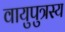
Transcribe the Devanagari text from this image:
वायुपुत्रस्य